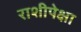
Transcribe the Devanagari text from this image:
राशीपेक्षा